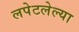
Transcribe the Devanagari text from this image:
लपेटलेल्या